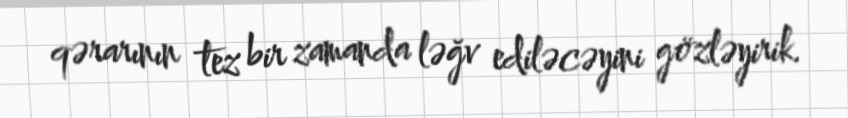
qərarının tez bir zamanda ləğv ediləcəyini gözləyirik.